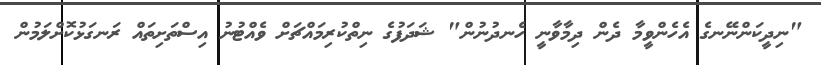
"ނިދީކަންނޭނގެ އެހެންވީމާ ދެން ދިމާވާނީ ހެނދުނުން" ޝަދަފުގެ ނިތްކުރިމައްޗަށް ވެއްޓުނު އިސްތަށިތައް ރަނގަޅުކޮށްލަމުން